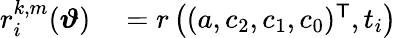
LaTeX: \begin{array}{rl}{r_{i}^{k,m}(\boldsymbol\vartheta)}&{{}=r\left((a,c_{2},c_{1},c_{0})^{\mathsf{T}},t_{i}\right)}\end{array}